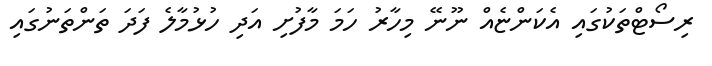
ރިސޯޓްތަކުގައި އެކަންޏެއް ނޫނޭ މިހާރު ހަމަ މާފުށި އަދި ހުޅުމާލެ ފަދަ ތަންތަނުގައި